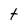
Character: t